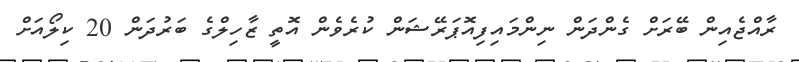
ރާއްޖެއިން ބޭރަށް ގެންދަން ނިންމައިފިއޮޕަރޭޝަން ކުރެވެން އޮތީ ޒާހިލްގެ ބަރުދަން 20 ކިލޯއަށް